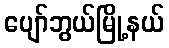
ပျော်ဘွယ်မြို့နယ်